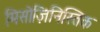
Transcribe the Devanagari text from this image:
मिसोज़िनिस्तिक